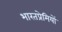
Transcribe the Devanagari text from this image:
भारतप्रेमियों